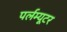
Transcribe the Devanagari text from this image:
पर्लम्यूटर